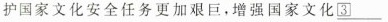
护国家文化安全任务更加艰巨，增强国家文化\underline{\boxed{3}}